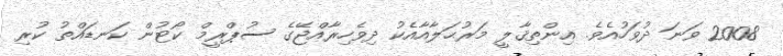
2008 ވަނަ ދުވަހުއެވެ. އިންތިޤާލީ މަރުޙަލާއާއެކު ދިވެހިރާއްޖޭގެ ސުޕްރީމް ކޯޓުން ކަނޑައްތު ކުރި